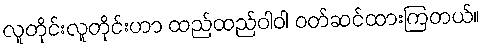
လူတိုင်းလူတိုင်းဟာ ထည်ထည်ဝါဝါ ဝတ်ဆင်ထားကြတယ်။